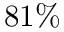
8 1 \%